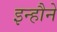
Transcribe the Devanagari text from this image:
इन्हौने